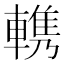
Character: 𰹠